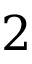
2